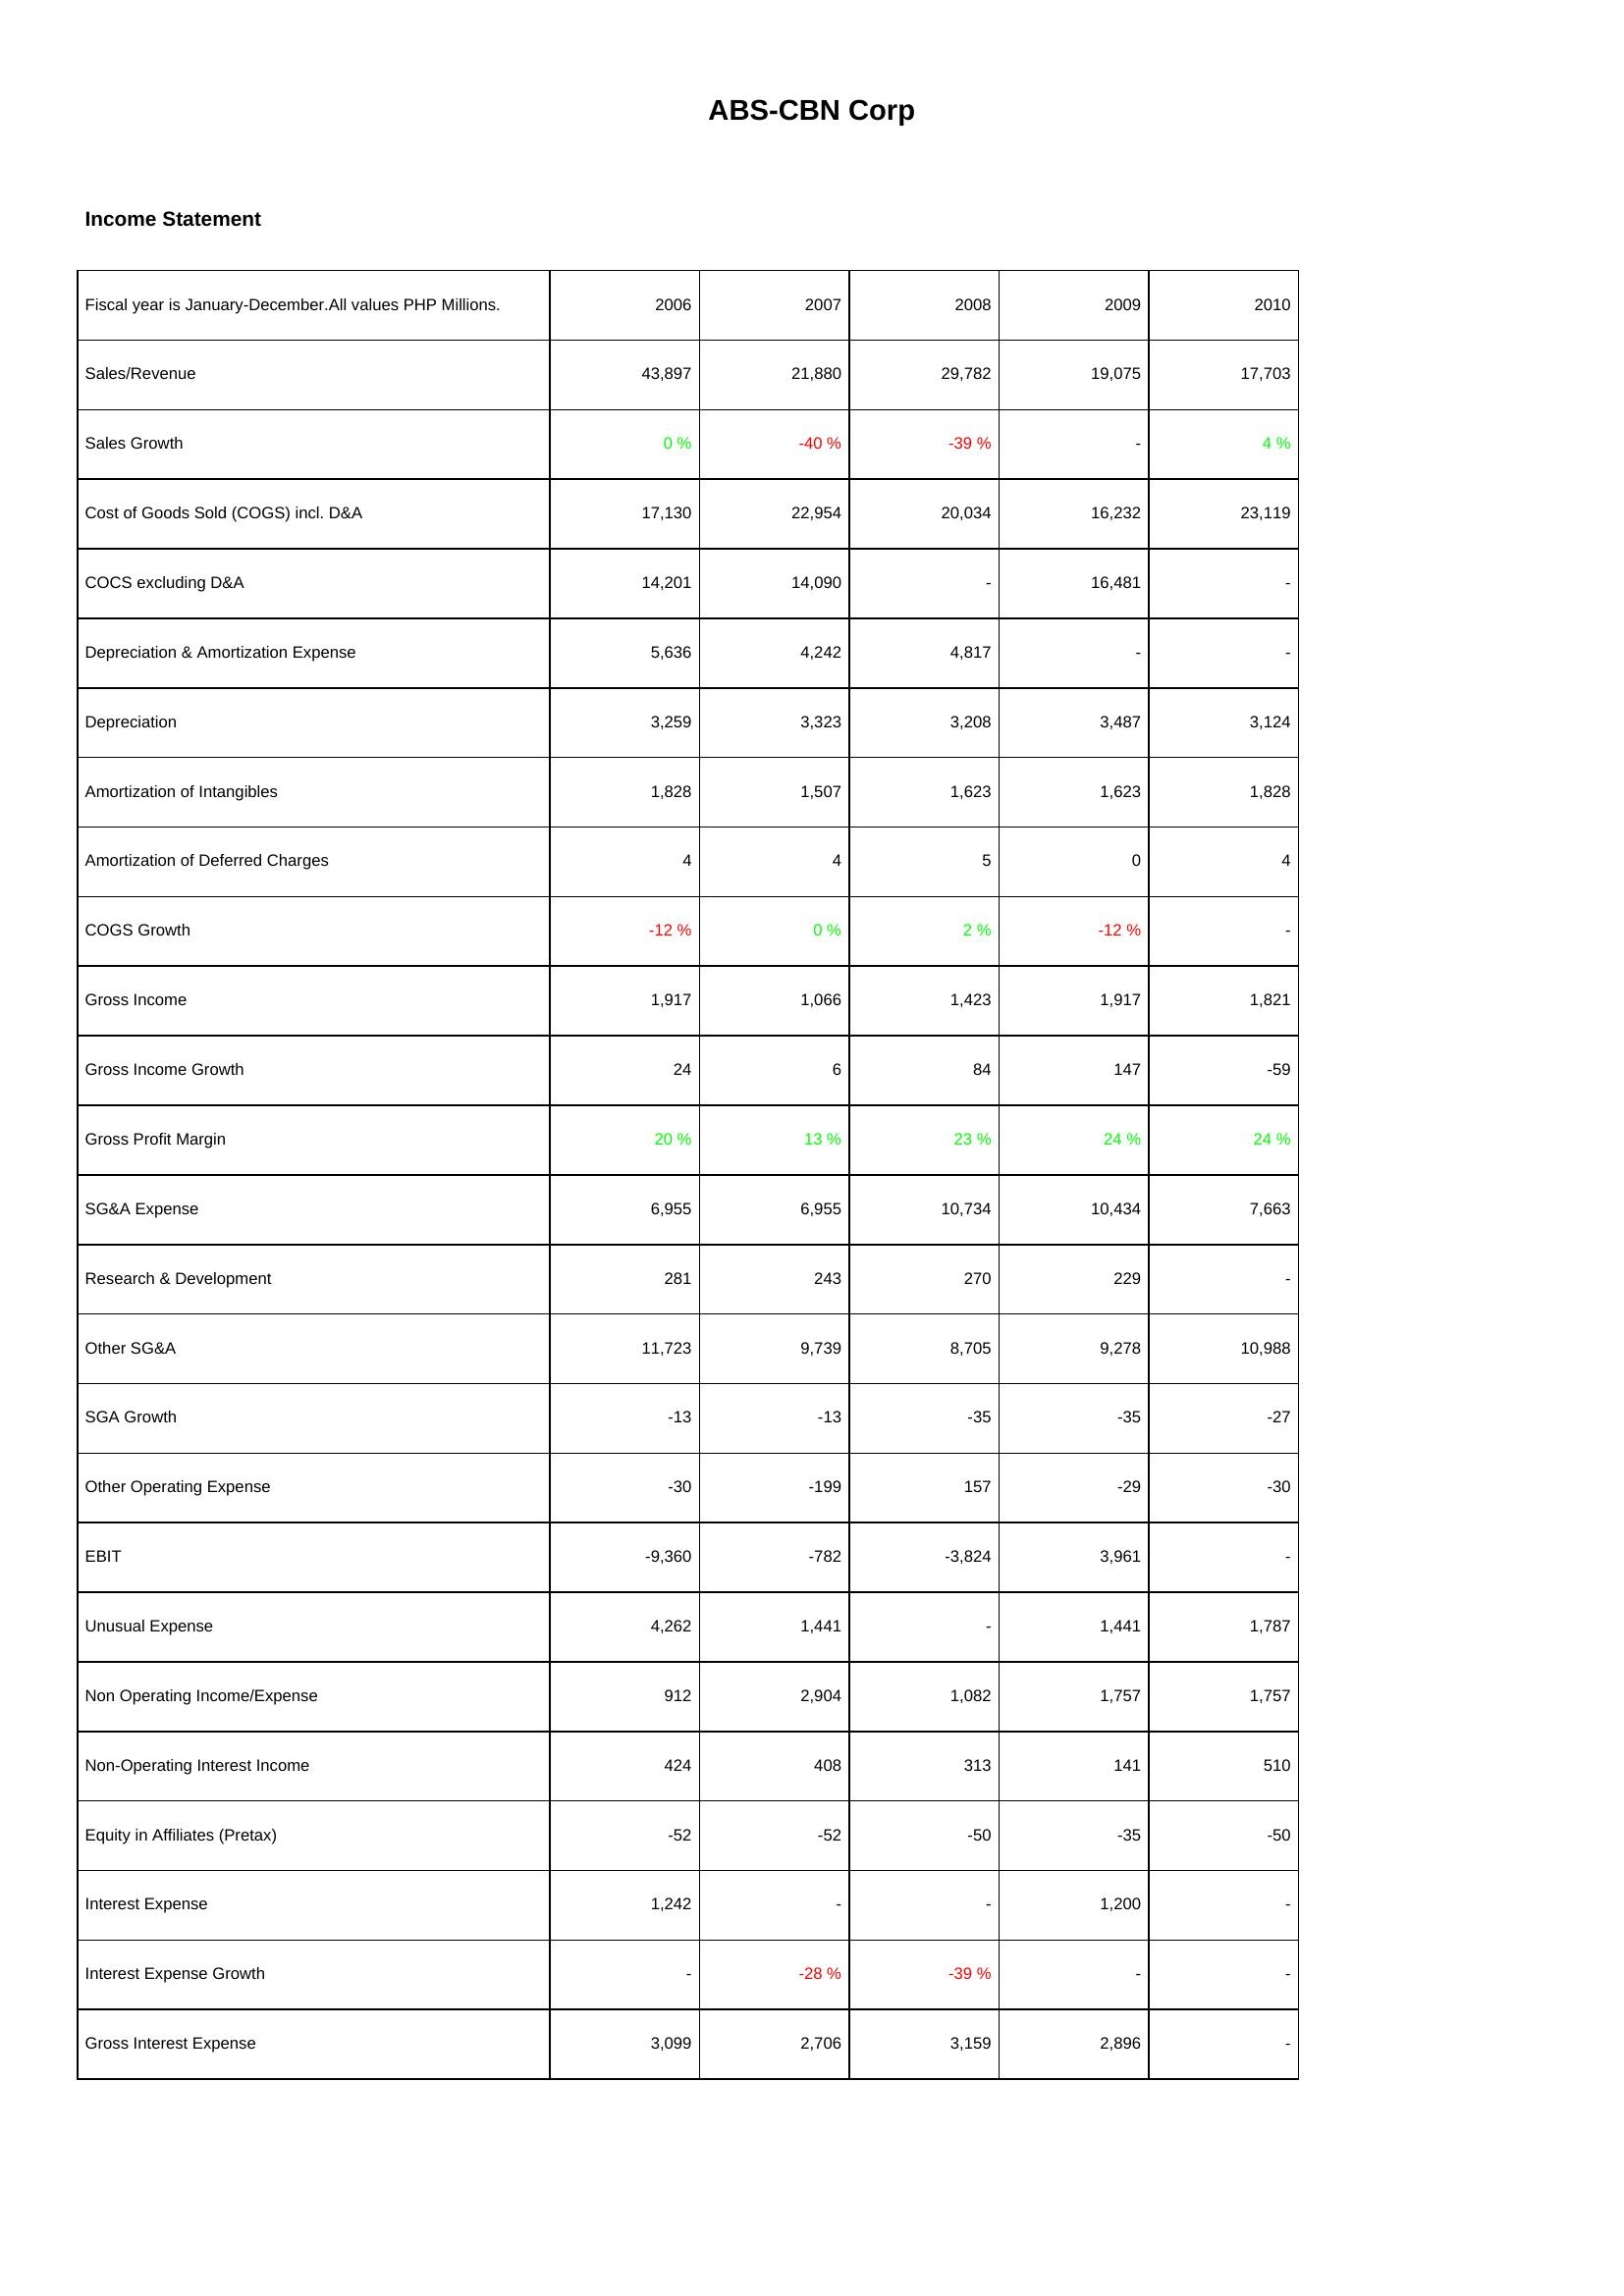
2006: Income Statement: Sales/Revenue: 43,897
Sales Growth: 0 %
Cost of Goods Sold (COGS) incl. D&A: 17,130
COCS excluding D&A: 14,201
Depreciation & Amortization Expense: 5,636
Depreciation: 3,259
Amortization of Intangibles: 1,828
Amortization of Deferred Charges: 4
COGS Growth: -12 %
Gross Income: 1,917
Gross Income Growth: 24
Gross Profit Margin: 20 %
SG&A Expense: 6,955
Research & Development: 281
Other SG&A: 11,723
SGA Growth: -13
Other Operating Expense: -30
EBIT: -9,360
Unusual Expense: 4,262
Non Operating Income/Expense: 912
Non-Operating Interest Income: 424
Equity in Affiliates (Pretax): -52
Interest Expense: 1,242
Interest Expense Growth: -
Gross Interest Expense: 3,099
2007: Income Statement: Sales/Revenue: 21,880
Sales Growth: -40 %
Cost of Goods Sold (COGS) incl. D&A: 22,954
COCS excluding D&A: 14,090
Depreciation & Amortization Expense: 4,242
Depreciation: 3,323
Amortization of Intangibles: 1,507
Amortization of Deferred Charges: 4
COGS Growth: 0 %
Gross Income: 1,066
Gross Income Growth: 6
Gross Profit Margin: 13 %
SG&A Expense: 6,955
Research & Development: 243
Other SG&A: 9,739
SGA Growth: -13
Other Operating Expense: -199
EBIT: -782
Unusual Expense: 1,441
Non Operating Income/Expense: 2,904
Non-Operating Interest Income: 408
Equity in Affiliates (Pretax): -52
Interest Expense: -
Interest Expense Growth: -28 %
Gross Interest Expense: 2,706
2008: Income Statement: Sales/Revenue: 29,782
Sales Growth: -39 %
Cost of Goods Sold (COGS) incl. D&A: 20,034
COCS excluding D&A: -
Depreciation & Amortization Expense: 4,817
Depreciation: 3,208
Amortization of Intangibles: 1,623
Amortization of Deferred Charges: 5
COGS Growth: 2 %
Gross Income: 1,423
Gross Income Growth: 84
Gross Profit Margin: 23 %
SG&A Expense: 10,734
Research & Development: 270
Other SG&A: 8,705
SGA Growth: -35
Other Operating Expense: 157
EBIT: -3,824
Unusual Expense: -
Non Operating Income/Expense: 1,082
Non-Operating Interest Income: 313
Equity in Affiliates (Pretax): -50
Interest Expense: -
Interest Expense Growth: -39 %
Gross Interest Expense: 3,159
2009: Income Statement: Sales/Revenue: 19,075
Sales Growth: -
Cost of Goods Sold (COGS) incl. D&A: 16,232
COCS excluding D&A: 16,481
Depreciation & Amortization Expense: -
Depreciation: 3,487
Amortization of Intangibles: 1,623
Amortization of Deferred Charges: 0
COGS Growth: -12 %
Gross Income: 1,917
Gross Income Growth: 147
Gross Profit Margin: 24 %
SG&A Expense: 10,434
Research & Development: 229
Other SG&A: 9,278
SGA Growth: -35
Other Operating Expense: -29
EBIT: 3,961
Unusual Expense: 1,441
Non Operating Income/Expense: 1,757
Non-Operating Interest Income: 141
Equity in Affiliates (Pretax): -35
Interest Expense: 1,200
Interest Expense Growth: -
Gross Interest Expense: 2,896
2010: Income Statement: Sales/Revenue: 17,703
Sales Growth: 4 %
Cost of Goods Sold (COGS) incl. D&A: 23,119
COCS excluding D&A: -
Depreciation & Amortization Expense: -
Depreciation: 3,124
Amortization of Intangibles: 1,828
Amortization of Deferred Charges: 4
COGS Growth: -
Gross Income: 1,821
Gross Income Growth: -59
Gross Profit Margin: 24 %
SG&A Expense: 7,663
Research & Development: -
Other SG&A: 10,988
SGA Growth: -27
Other Operating Expense: -30
EBIT: -
Unusual Expense: 1,787
Non Operating Income/Expense: 1,757
Non-Operating Interest Income: 510
Equity in Affiliates (Pretax): -50
Interest Expense: -
Interest Expense Growth: -
Gross Interest Expense: -